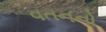
વતનનો